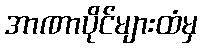
အာဏာပိုင်များထံမှ